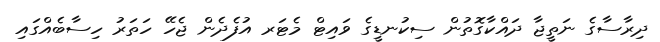
ދިރާސާގެ ނަތީޖާ ދައްކާގޮތުން ސިކުނޑީގެ ވައިޓް މެޓަރ އުފެދެން ޖެހޭ ހަތަރު ހިސާބެއްގައި